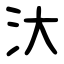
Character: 汏